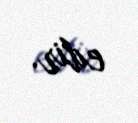
edir.